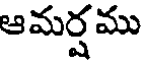
ఆమర్షము